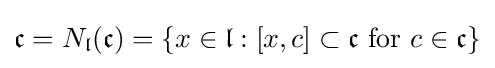
{\mathfrak {c}}=N_{\mathfrak {l}}({\mathfrak {c}})=\{x\in {\mathfrak {l}}:[x,c]\subset {\mathfrak {c}}{\text{ for }}c\in {\mathfrak {c}}\}